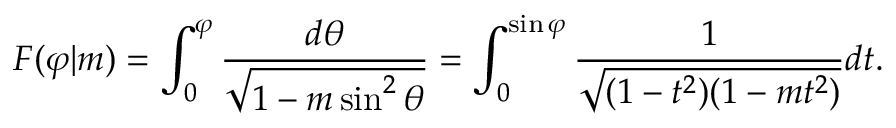
F ( \varphi | m ) = \int _ { 0 } ^ { \varphi } \frac { d \theta } { \sqrt { 1 - m \sin ^ { 2 } \theta } } = \int _ { 0 } ^ { \sin \varphi } \frac { 1 } { \sqrt { ( 1 - t ^ { 2 } ) ( 1 - m t ^ { 2 } ) } } d t .